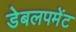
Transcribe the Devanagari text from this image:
डेबलपमेंट